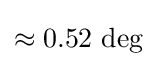
\approx 0.52{\text{ deg}}